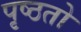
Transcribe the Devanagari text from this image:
पृष्ठतो